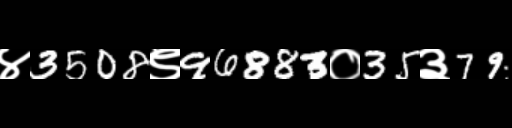
Text: ४3508९96883०35३79